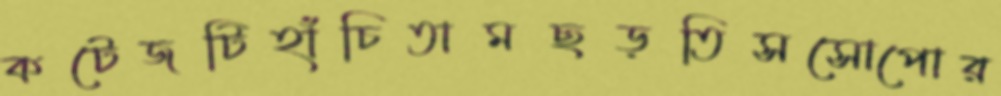
কটেজটিহাঁচিতামছড়তিসসোপোর